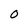
Character: 0